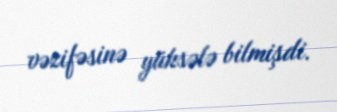
vəzifəsinə yüksələ bilmişdi.